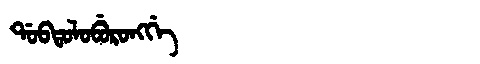
Manchu: ᡩᠣᠪᡨᠣᠯᠣᠪᡠᡵᠣᠩᡤᡝ
Romanization: DOBTOLOBURONGGE